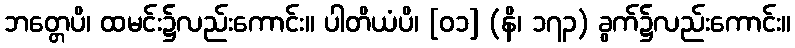
ဘတ္တေပိ၊ ထမင်း၌လည်းကောင်း။ ပါတိယံပိ၊ [၀၁] (နိ၊ ၁၇၃) ခွက်၌လည်းကောင်း။